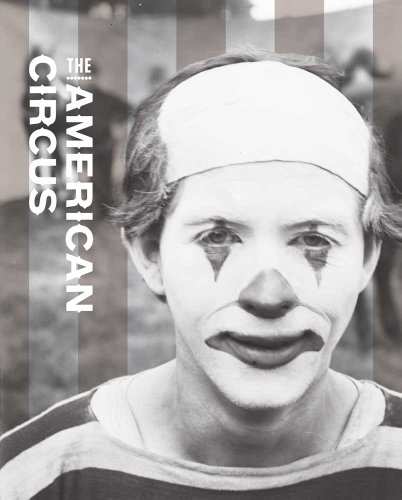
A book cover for The American Circus (Bard Graduate Center for Studies in the Decorative Arts, Design & Culture); Humor & Entertainment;